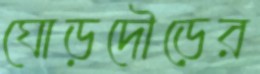
ঘোড়দৌড়ের